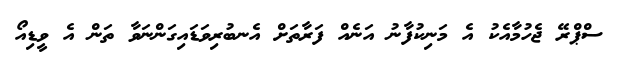
ސްޕްރޭ ޖެހުމާއެކު އެ މަނިކުފާނު އަނެއް ފަރާތަށް އެނބުރިވަޑައިގަންނަވާ ތަން އެ ވީޑިއޯ